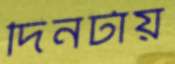
দিনটায়